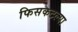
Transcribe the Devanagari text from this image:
फिसकटल्या